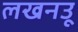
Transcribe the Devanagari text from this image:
लखनउू